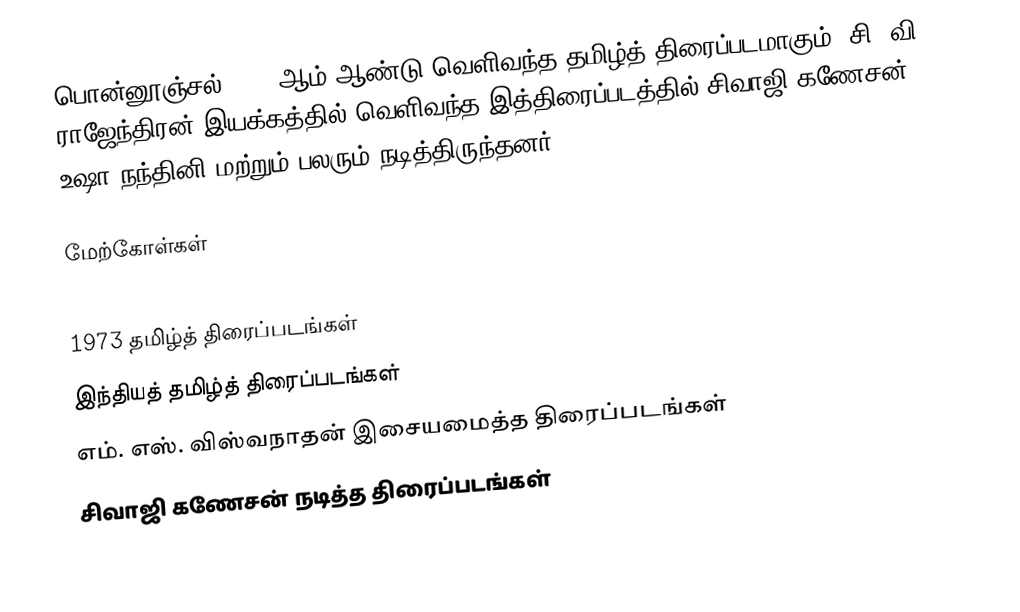
பொன்னூஞ்சல் 1973 ஆம் ஆண்டு வெளிவந்த தமிழ்த் திரைப்படமாகும். சி. வி. ராஜேந்திரன் இயக்கத்தில் வெளிவந்த இத்திரைப்படத்தில் சிவாஜி கணேசன், உஷா நந்தினி மற்றும் பலரும் நடித்திருந்தனர்.

மேற்கோள்கள்

1973 தமிழ்த் திரைப்படங்கள்
இந்தியத் தமிழ்த் திரைப்படங்கள்
எம். எஸ். விஸ்வநாதன் இசையமைத்த திரைப்படங்கள்
சிவாஜி கணேசன் நடித்த திரைப்படங்கள்